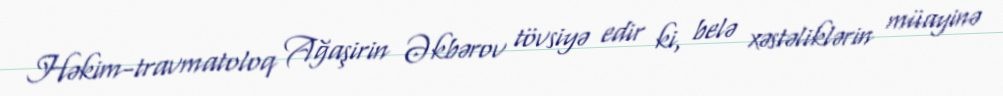
Həkim-travmatoloq Ağaşirin Əkbərov tövsiyə edir ki, belə xəstəliklərin müayinə